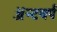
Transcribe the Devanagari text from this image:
ॲन्टवर्प